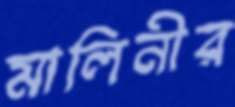
মালিনীর